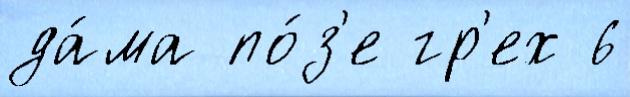
да́ма по́з'е гр'ех 6